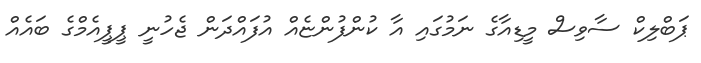
ޕަބްލިކް ސާވިސް މީޑިއާގެ ނަމުގައި އާ ކުންފުންޏެއް އުފައްދަން ޖެހުނީ ޕީޕީއެމްގެ ބައެއް